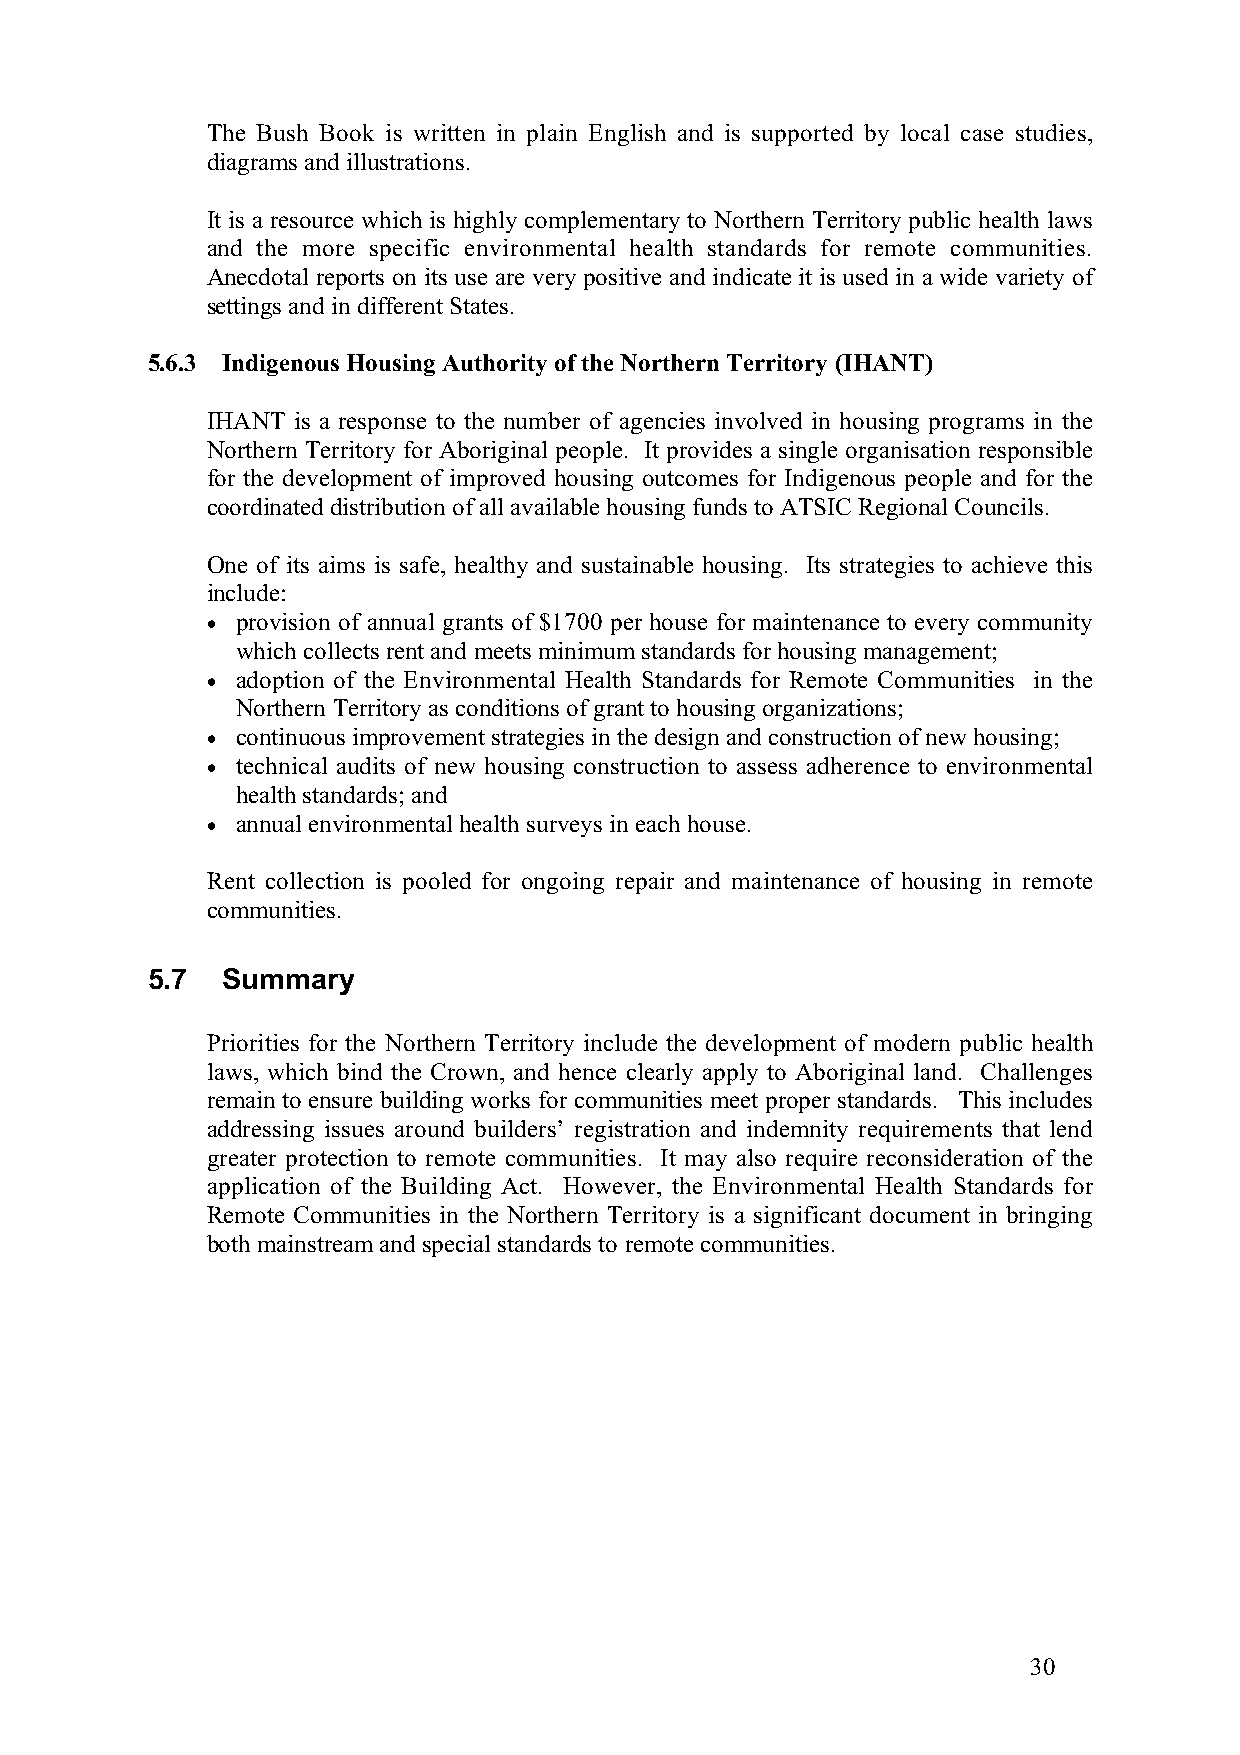
The Bush Book is written in plain English and is supported by local case studies,
 diagrams and illustrations.
 It is a resource which is highly complementary to Northern Territory public health laws
 and the more specific environmental health standards for remote communities.
 Anecdotal reports on its use are very positive and indicate it is used in a wide variety of
 settings and in different States.
 5.6.3 Indigenous Housing Authority of the Northern Territory (IHANT)
 IHANT is a response to the number of agencies involved in housing programs in the
 Northern Territory for Aboriginal people. It provides a single organisation responsible
 for the development of improved housing outcomes for Indigenous people and for the
 coordinated distribution of all available housing funds to ATSIC Regional Councils.
 One of its aims is safe, healthy and sustainable housing. Its strategies to achieve this
 include:
 • provision of annual grants of $1700 per house for maintenance to every community
 which collects rent and meets minimum standards for housing management;
 • adoption of the Environmental Health Standards for Remote Communities in the
 Northern Territory as conditions of grant to housing organizations;
 • continuous improvement strategies in the design and construction of new housing;
 • technical audits of new housing construction to assess adherence to environmental
 health standards; and
 • annual environmental health surveys in each house.
 Rent collection is pooled for ongoing repair and maintenance of housing in remote
 communities.
 5.7  Summary
 Priorities for the Northern Territory include the development of modern public health
 laws, which bind the Crown, and hence clearly apply to Aboriginal land. Challenges
 remain to ensure building works for communities meet proper standards. This includes
 addressing issues around builders’ registration and indemnity requirements that lend
 greater protection to remote communities. It may also require reconsideration of the
 application of the Building Act. However, the Environmental Health Standards for
 Remote Communities in the Northern Territory is a significant document in bringing
 both mainstream and special standards to remote communities.
 30